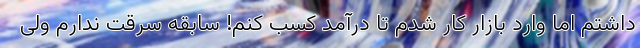
داشتم اما وارد بازار کار شدم تا درآمد کسب کنم! سابقه سرقت ندارم ولی